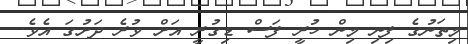
މިތަނުގެ ފިނި މިން ހުރީ ފަސް ޑިގުރީ އަށް ވުރެ ދަށުގަ އެވެ.